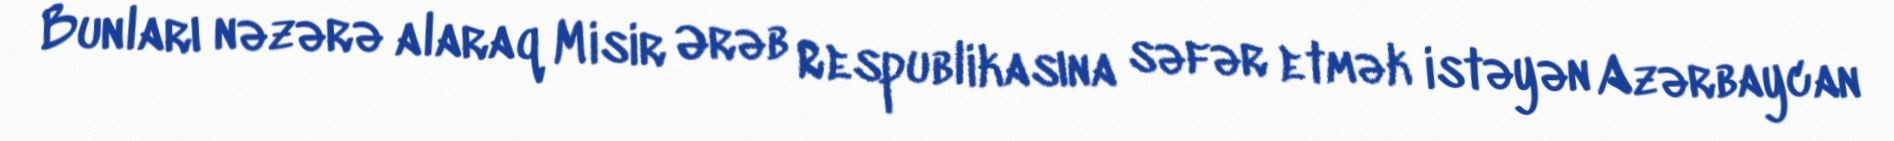
Bunları nəzərə alaraq Misir Ərəb Respublikasına səfər etmək istəyən Azərbaycan